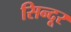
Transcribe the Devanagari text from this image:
सिन्‍दूर